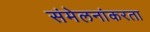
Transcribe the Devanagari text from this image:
संमेलनांकरता